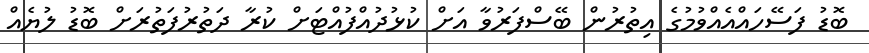
ބޮޑު ފަސޭހައްއެއްވުމުގެ އިތުރުން ބޭސްފަރުވާ އަށް ކުޅުދުއްފުއްޓަށް ކުރާ ދަތުރުފަތުރަށް ބޮޑު ލުޔެއް